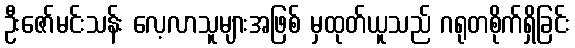
ဦးဇော်မင်းသန်း လေ့လာသူများအဖြစ် မှထုတ်ယူသည် ဂရုတစိုက်ရှိခြင်း